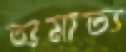
অমাত্য